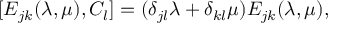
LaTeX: [ E _ { j k } ( \lambda , \mu ) , { C } _ { l } ] = ( \delta _ { j l } \lambda + \delta _ { k l } \mu ) E _ { j k } ( \lambda , \mu ) , \nonumber